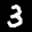
Label: 3